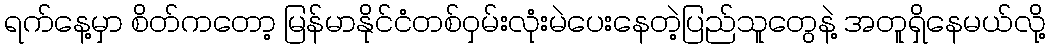
ရက်နေ့မှာ စိတ်ကတော့ မြန်မာနိုင်ငံတစ်ဝှမ်းလုံးမဲပေးနေတဲ့ပြည်သူတွေနဲ့ အတူရှိနေမယ်လို့